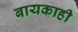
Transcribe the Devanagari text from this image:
बायकाही